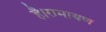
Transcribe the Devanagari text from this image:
है।रामायण